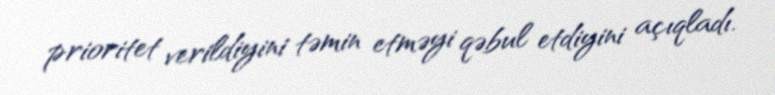
prioritet verildiyini təmin etməyi qəbul etdiyini açıqladı.